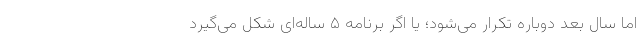
اما سال بعد دوباره تکرار می‌شود؛ یا اگر برنامه ۵ ساله‌ای شکل می‌گیرد